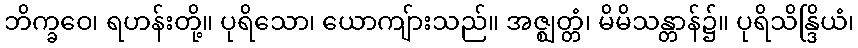
ဘိက္ခဝေ၊ ရဟန်းတို့။ ပုရိသော၊ ယောကျ်ားသည်။ အဇ္ဈတ္တံ၊ မိမိသန္တာန်၌။ ပုရိသိန္ဒြိယံ၊